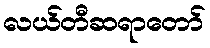
လယ်တီဆရာတော်